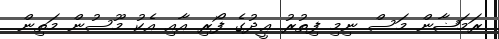
ރަމަޟާން މަސް ނިމި ފިތުރު ޢީދުގެ ފޯރި އާއި އެކު މޫސުން މަތިން